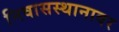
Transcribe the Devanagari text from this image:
निवासस्थानावर